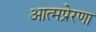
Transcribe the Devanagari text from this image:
आत्मप्रेरणा